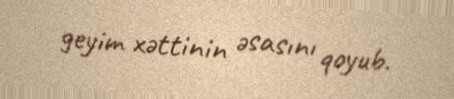
geyim xəttinin əsasını qoyub.